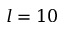
l = 1 0